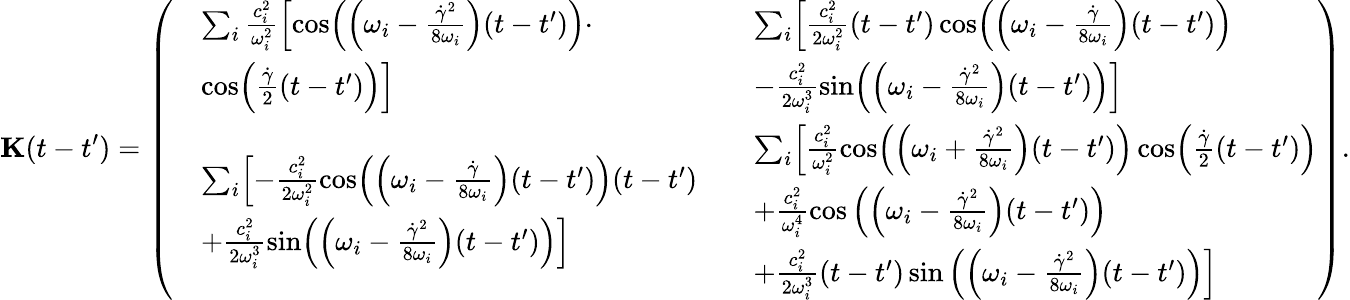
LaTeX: \mathbf{{K}}(t-t^{\prime})=\left(\begin{array}{ll}{\begin{array}{rl}&{\sum_{i}\frac{c_{i}^{2}}{\omega_{i}^{2}}\Bigl[\cos\Bigl(\Bigl(\omega_{i}-\frac{\dot{\gamma}^{2}}{8\omega_{i}}\Bigr)(t-t^{\prime})\Bigr)\cdot}\\ &{\cos\Bigl(\frac{\dot{\gamma}}{2}(t-t^{\prime})\Bigr)\Bigr]}\end{array}}&{\begin{array}{rl}&{\sum_{i}\Bigl[\frac{c_{i}^{2}}{2\omega_{i}^{2}}(t-t^{\prime})\cos\Bigl(\Bigl(\omega_{i}-\frac{\dot{\gamma}}{8\omega_{i}}\Bigr)(t-t^{\prime})\Bigr)}\\ &{-\frac{c_{i}^{2}}{2\omega_{i}^{3}}\sin\Bigl(\Bigl(\omega_{i}-\frac{\dot{\gamma}^{2}}{8\omega_{i}}\Bigr)(t-t^{\prime})\Bigr)\Bigr]}\end{array}}\\ {\begin{array}{rl}&{\sum_{i}\Bigl[-\frac{c_{i}^{2}}{2\omega_{i}^{2}}\cos\Bigl(\Bigl(\omega_{i}-\frac{\dot{\gamma}}{8\omega_{i}}\Bigr)(t-t^{\prime})\Bigr)(t-t^{\prime})}\\ &{+\frac{c_{i}^{2}}{2\omega_{i}^{3}}\sin\Bigl(\Bigl(\omega_{i}-\frac{\dot{\gamma}^{2}}{8\omega_{i}}\Bigr)(t-t^{\prime})\Bigr)\Bigr]}\end{array}}&{\begin{array}{rl}&{\sum_{i}\Bigl[\frac{c_{i}^{2}}{\omega_{i}^{2}}\cos\Bigl(\Bigl(\omega_{i}+\frac{\dot{\gamma}^{2}}{8\omega_{i}}\Bigr)(t-t^{\prime})\Bigr)\cos\Bigl(\frac{\dot{\gamma}}{2}(t-t^{\prime})\Bigr)}\\ &{+\frac{c_{i}^{2}}{\omega_{i}^{4}}\cos\left(\Bigl(\omega_{i}-\frac{\dot{\gamma}^{2}}{8\omega_{i}}\Bigr)(t-t^{\prime})\right)}\\ &{+\frac{c_{i}^{2}}{2\omega_{i}^{3}}(t-t^{\prime})\sin\left(\Bigl(\omega_{i}-\frac{\dot{\gamma}^{2}}{8\omega_{i}}\Bigr)(t-t^{\prime})\right)\Bigr]}\end{array}}\end{array}\right).